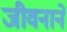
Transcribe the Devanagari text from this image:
जीवनाने